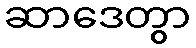
ဆာဒေတွာ